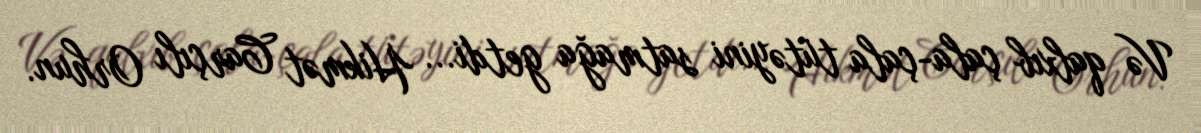
Və qalxıb çala-çala tütəyini satmağa getdi... Hikmət Carçılı Orhun.